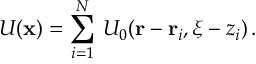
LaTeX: U ( { \bf x } ) = \sum _ { i = 1 } ^ { N } \, U _ { 0 } ( { \bf r } - { \bf r } _ { i } , \xi - z _ { i } ) \, .